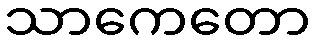
သာကေတော